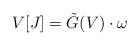
LaTeX: \begin{align*} V[J]=\tilde{G}(V)\cdot \omega\end{align*}